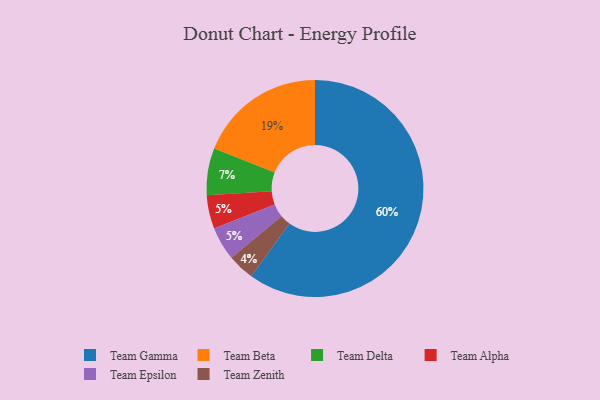
{"axis": {"x": "Category", "y": "Percentage"}, "legend": ["Team Alpha", "Team Beta", "Team Delta", "Team Epsilon", "Team Gamma", "Team Zenith"], "data": [{"x": "Team Zenith", "y": 4, "type": "Team Zenith"}, {"x": "Team Beta", "y": 19, "type": "Team Beta"}, {"x": "Team Alpha", "y": 5, "type": "Team Alpha"}, {"x": "Team Delta", "y": 7, "type": "Team Delta"}, {"x": "Team Gamma", "y": 60, "type": "Team Gamma"}, {"x": "Team Epsilon", "y": 5, "type": "Team Epsilon"}]}